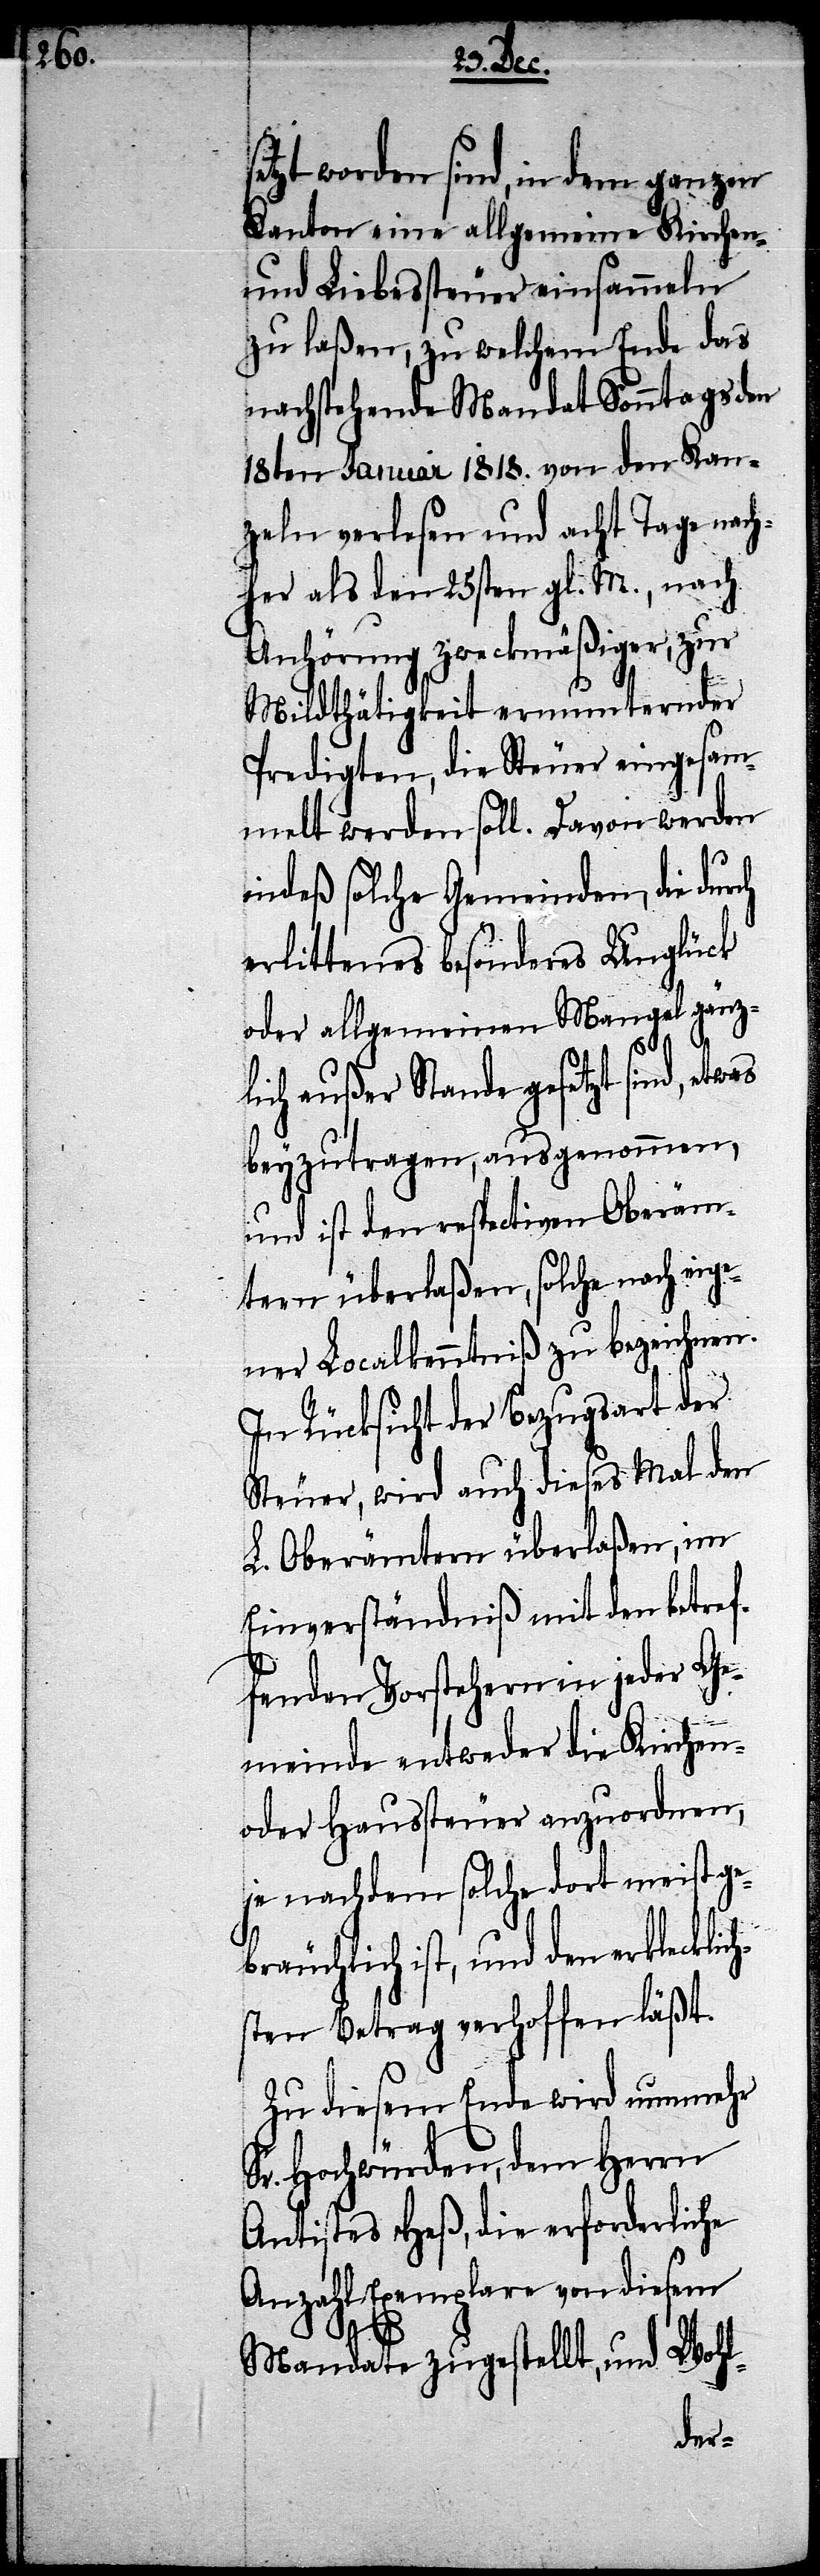
setzt worden sind, in dem ganzen
Kanton eine allgemeine Kirchen-
und Liebessteuer einsammeln
zu laßen, zu welchem Ende des
nachstehende Mandat Sonntags den
18ten Januar 1818. von den Kan¬
zeln verlesen und acht Tage nach¬
her als den 25sten gl. M., nach
Anhörung zweckmäßiger, zur
Mildthätigkeit ermunternder
Predigten, die Steuer eingesam¬
melt werden soll. Davon werden
indeß solche Gemeinden, die
erlittenes besonderes Unglück
oder allgemeinen Mangel gänz¬
lich außer Stande gesetzt sind, etwas
beyzutragen, ausgenommen,
und ist den respectiven Oberäm¬
tern überlaßen, solche nach eige¬
ner Localkenntniß zu bezeichnen.
In Rücksicht der Bezugsart der
Steuer, wird auch dieses Mal den
L. Oberämtern überlaßen, im
Einverständniß mit den betref¬
fenden Vorstehern in jeder Ge¬
meinde entweder die Kirchen-
oder Haussteuer anzuordnen,
je nachdem solche dort meist ge¬
bräuchlich ist, und den erklecklic¬
hsten Betrag verhoffen läßt.
Zu diesem Ende wird nunmehr
Sr. Hochwürden, dem Herrn
Antistes Heß, die erforderliche
Anzahl Exemplare von diesem
Mandate zugestellt, und Wohl-